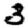
Digit: 3